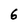
Character: 6